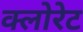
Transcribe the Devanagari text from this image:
क्‍लोरेट